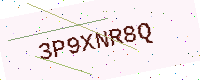
Text: 3P9XNR8Q